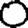
Digit: 0